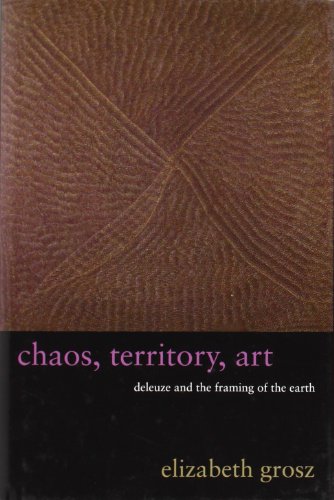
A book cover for Chaos, Territory, Art: Deleuze and the Framing of the Earth (The Wellek Library Lectures); Elizabeth Grosz; Politics & Social Sciences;